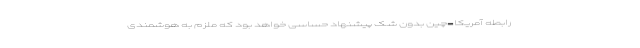
رابطه آمریکا-چین بدون شک پیشنهاد حساسی خواهد بود که ملزم به هوشمندی